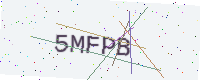
Text: 5MFPB